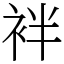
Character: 袢